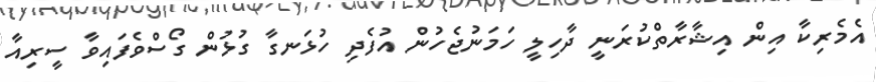
އެމެރިކާ އިން އިޝާރާތްކުރަނީ ދާހިލީ ހަމަނުޖެހުން އުފެދި ހުޅަނގާ ގުޅުން ގޯސްވެފައިވާ ސީރިއާ